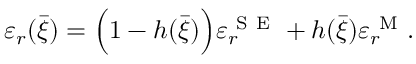
\varepsilon _ { r } ( \bar { \xi } ) = \Big ( 1 - h ( \bar { \xi } ) \Big ) \varepsilon _ { r } ^ { \mathrm { ~ S ~ E ~ } } + h ( \bar { \xi } ) \varepsilon _ { r } ^ { \mathrm { ~ M ~ } } .